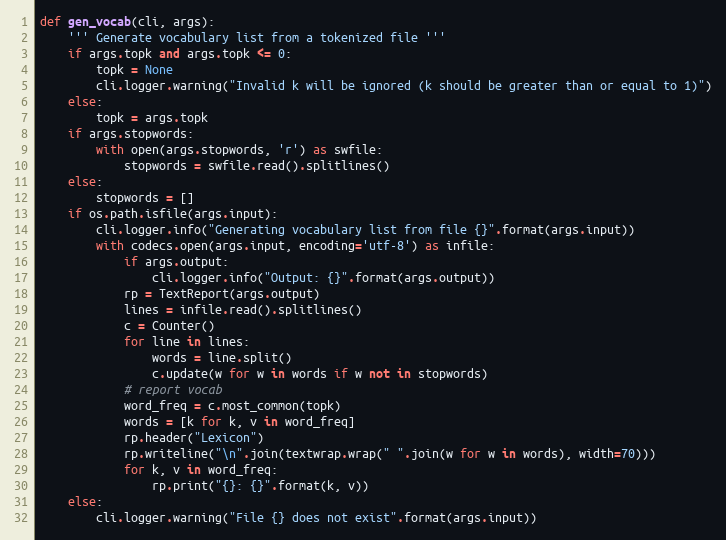
Language: Python
def gen_vocab(cli, args):
    ''' Generate vocabulary list from a tokenized file '''
    if args.topk and args.topk <= 0:
        topk = None
        cli.logger.warning("Invalid k will be ignored (k should be greater than or equal to 1)")
    else:
        topk = args.topk
    if args.stopwords:
        with open(args.stopwords, 'r') as swfile:
            stopwords = swfile.read().splitlines()
    else:
        stopwords = []
    if os.path.isfile(args.input):
        cli.logger.info("Generating vocabulary list from file {}".format(args.input))
        with codecs.open(args.input, encoding='utf-8') as infile:
            if args.output:
                cli.logger.info("Output: {}".format(args.output))
            rp = TextReport(args.output)
            lines = infile.read().splitlines()
            c = Counter()
            for line in lines:
                words = line.split()
                c.update(w for w in words if w not in stopwords)
            # report vocab
            word_freq = c.most_common(topk)
            words = [k for k, v in word_freq]
            rp.header("Lexicon")
            rp.writeline("\n".join(textwrap.wrap(" ".join(w for w in words), width=70)))
            for k, v in word_freq:
                rp.print("{}: {}".format(k, v))
    else:
        cli.logger.warning("File {} does not exist".format(args.input))